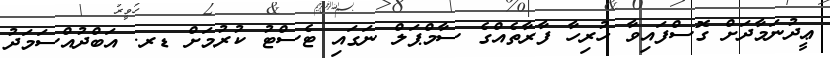
ޢީދުނަމާދަށް ގޮސްފައިވާ ހުރިހާ ފާރާތެއްގެ ސާމްޕަލް ނަގައި ޓެސްޓު ކުރުމަށް ޑރ. އަބްދުއްސަމަދު